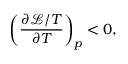
\left( \frac { \partial \mathcal { L } / T } { \partial T } \right) _ { p } < 0 ,